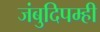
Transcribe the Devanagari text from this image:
जंबुदिपम्ही